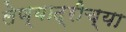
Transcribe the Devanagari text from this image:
लेण्याद्रीच्या